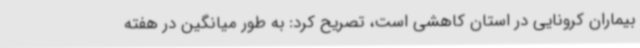
بیماران کرونایی در استان کاهشی است، تصریح کرد: به طور میانگین در هفته